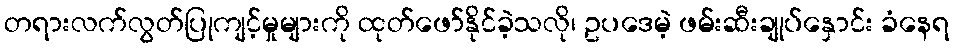
တရားလက်လွတ်ပြုကျင့်မှုများကို ထုတ်ဖော်နိုင်ခဲ့သလို၊ ဥပဒေမဲ့ ဖမ်းဆီးချုပ်နှောင်း ခံနေရ